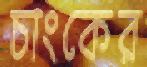
চাংকের